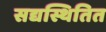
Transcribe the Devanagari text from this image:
सद्यस्थितित